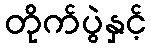
တိုက်ပွဲနှင့်